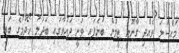
މައްސަލަ ވެއްދި ގާނޫނީ ޓީމުން ބުނެފައި ވަނީ ދައުވާގައި ބަދަލު ހޯދުމުގެ ބައި